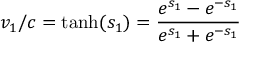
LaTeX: v _ { 1 } / c = { \mathrm { t a n h } } ( s _ { 1 } ) = { \frac { e ^ { s _ { 1 } } - e ^ { - s _ { 1 } } } { e ^ { s _ { 1 } } + e ^ { - s _ { 1 } } } }